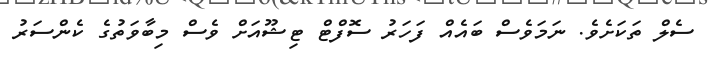
ސެލް ތަކަށެވެ. ނަމަވެސް ބައެއް ފަހަރު ސޮފްޓް ޓިޝޫއަށް ވެސް މިބާވަތުގެ ކެންސަރު